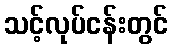
သင့်လုပ်ငန်းတွင်